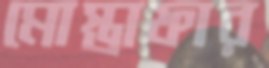
মোস্তাফার